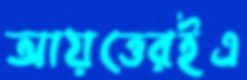
আয়ত্তেরইএ